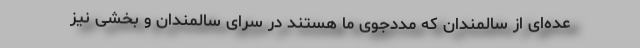
عده‌ای از سالمندان که مددجوی ما هستند در سرای سالمندان و بخشی نیز